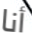
أنا